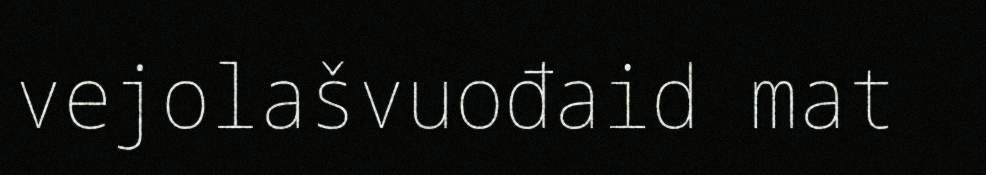
vejolašvuođaid mat